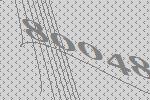
80048